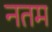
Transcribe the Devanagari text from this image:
नतम